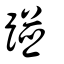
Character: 踫